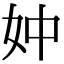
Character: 妕